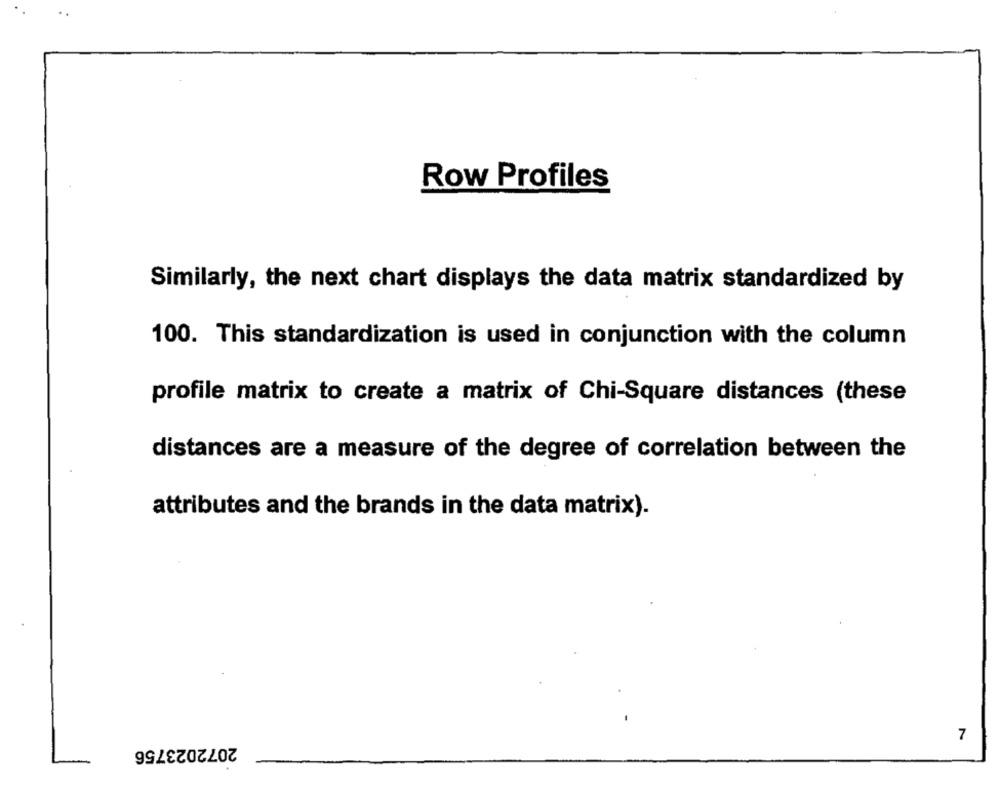
Row Profiles
Similarly, the next chart displays the data matrix standardized by
100. This standardization is used in conjunction with the column
profile matrix to create a matrix of Chi-Square distances (these
distances are a measure of the degree of correlation between the
attributes and the brands in the data matrix).
7
2072023756